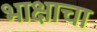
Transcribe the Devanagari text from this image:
भाक्षाचा